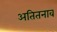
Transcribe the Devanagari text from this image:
अतितनाव